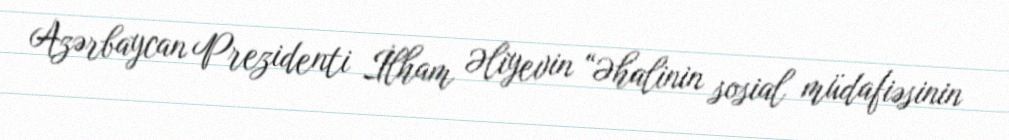
Azərbaycan Prezidenti İlham Əliyevin “Əhalinin sosial müdafiəsinin